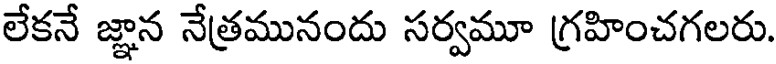
లేకనే జ్ఞాన నేత్రమునందు సర్వమూ గ్రహించగలరు.